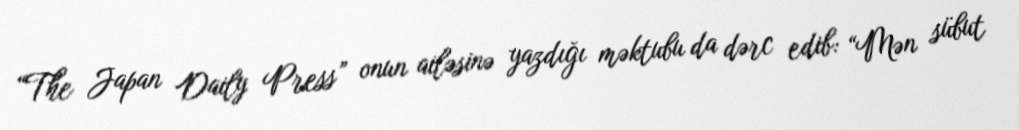
“The Japan Daily Press” onun ailəsinə yazdığı məktubu da dərc edib: “Mən sübut